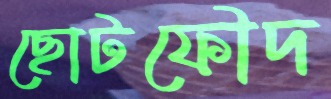
ছোটফৌদ